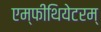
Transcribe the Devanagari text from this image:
एम्फीथियेटरम्